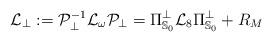
LaTeX: \begin{align*} {\cal L}_\bot := {\cal P}_\bot^{- 1} {\cal L}_\omega {\cal P}_\bot = \Pi_{{\mathbb S}_0}^\bot {\cal L}_8 \Pi_{{\mathbb S}_0}^\bot + R_M \end{align*}